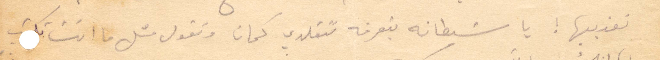
تعذبيها! يا شيطانة بتعرفه تتقلدي كمان وتقول متل ما انت تكتب